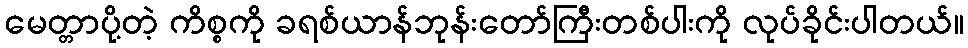
မေတ္တာပို့တဲ့ ကိစ္စကို ခရစ်ယာန်ဘုန်းတော်ကြီးတစ်ပါးကို လုပ်ခိုင်းပါတယ်။